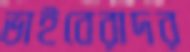
ভাইবেরাদর